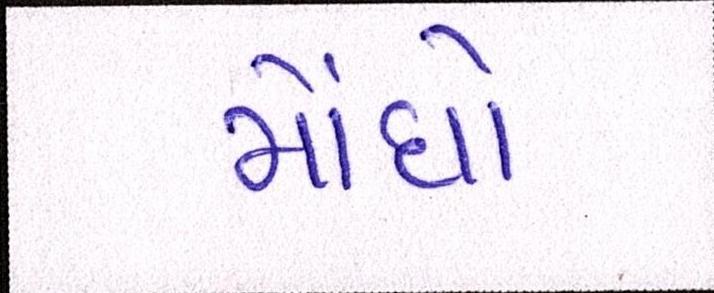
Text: મોંધો